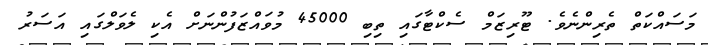
މަސައްކަތް ތެރިންނެވެ. ޓޫރިޒަމް ސެކްޓާގައި ތިބި 45000 މުވައްޒަފުންނަށް އެކި ލެވަލްގައި އަސަރު